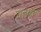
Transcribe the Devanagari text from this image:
राजक्षमा